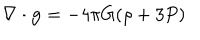
\nabla \cdot { \bf g } = - 4 \pi G ( \rho + 3 P )